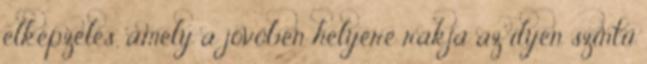
elképzelés, amely a jövőben helyére rakja az ilyen szintű